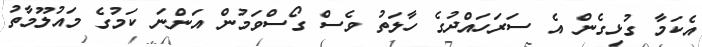
އެކަމާ ގުޅިގެން އެ ސަރަހައްދުގެ ހާލަތު ވެސް ގޯސްވަމުން އަންނަ ކަމުގެ މައުލޫމާތު